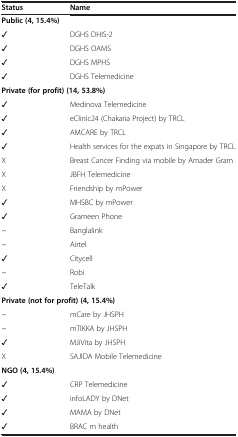
<table><thead><tr><td><b>Status</b></td><td><b>Name</b></td></tr></thead><tbody><tr><td colspan="2"><b>Public (4, 15.4%)</b></td></tr><tr><td>✓</td><td>DGHS DHIS-2</td></tr><tr><td>✓</td><td>DGHS OAMS</td></tr><tr><td>✓</td><td>DGHS MPHS</td></tr><tr><td>✓</td><td>DGHS Telemedicine</td></tr><tr><td colspan="2"><b>Private (for profit) (14, 53.8%)</b></td></tr><tr><td>✓</td><td>Medinova Telemedicine</td></tr><tr><td>✓</td><td>eClinic24 (Chakaria Project) by TRCL</td></tr><tr><td>✓</td><td>AMCARE by TRCL</td></tr><tr><td>✓</td><td>Health services for the expats in Singapore by TRCL</td></tr><tr><td>X</td><td>Breast Cancer Finding via mobile by Amader Gram</td></tr><tr><td>X</td><td>JBFH Telemedicine</td></tr><tr><td>X</td><td>Friendship by mPower</td></tr><tr><td>✓</td><td>MHSBC by mPower</td></tr><tr><td>✓</td><td>Grameen Phone</td></tr><tr><td>~</td><td>Banglalink</td></tr><tr><td>~</td><td>Airtel</td></tr><tr><td>✓</td><td>Citycell</td></tr><tr><td>~</td><td>Robi</td></tr><tr><td>✓</td><td>TeleTalk</td></tr><tr><td colspan="2"><b>Private (not for profit) (4, 15.4%)</b></td></tr><tr><td>~</td><td>mCare by JHSPH</td></tr><tr><td>~</td><td>mTIKKA by JHSPH</td></tr><tr><td>✓</td><td>MJiVita by JHSPH</td></tr><tr><td>X</td><td>SAJIDA Mobile Telemedicine</td></tr><tr><td colspan="2"><b>NGO (4, 15.4%)</b></td></tr><tr><td>✓</td><td>CRP Telemedicine</td></tr><tr><td>✓</td><td>infoLADY by DNet</td></tr><tr><td>✓</td><td>MAMA by DNet</td></tr><tr><td>✓</td><td>BRAC m health</td></tr></tbody></table>